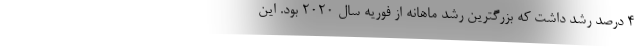
۴ درصد رشد داشت که بزرگترین رشد ماهانه از فوریه سال ۲۰۲۰ بود. این